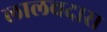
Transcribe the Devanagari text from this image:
लालचदास